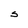
Character: S